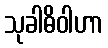
သုခါဓိဝါဟာ